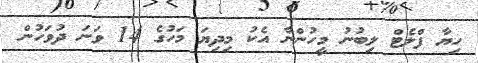
ހިޔާ ފްލެޓް ލިބުނު މީހުންނާ އެކު މިދިޔަ މަހުގެ 14 ވަނަ ދުވަހުން